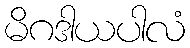
မိဂဒါယပါလံ